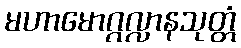
မဟာမောဂ္ဂလ္လာနသုတ္တံ